Report of the Indian Hemp Drugs Commission, 1894-1895 - Volume I
Year: 1894
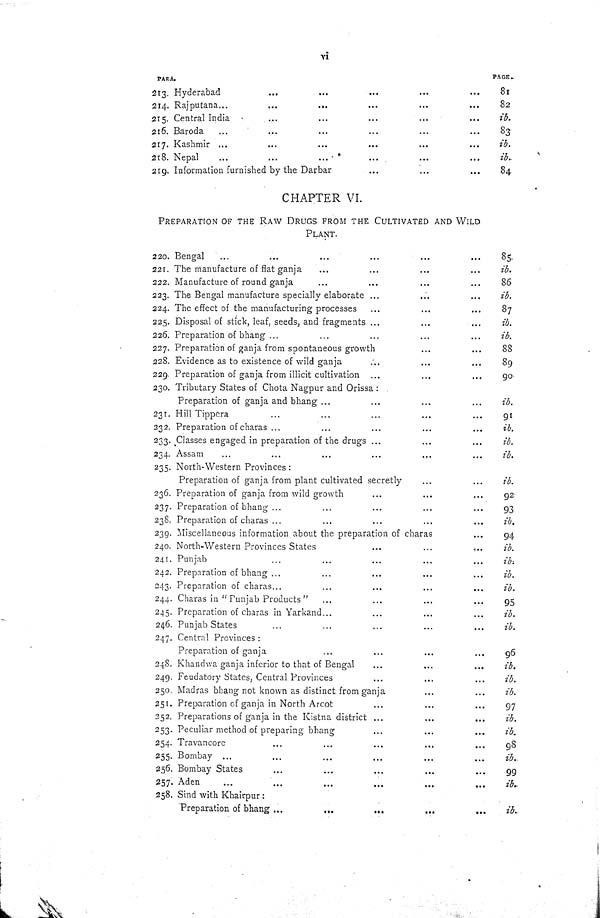
vi
PARA.
PAGE.
213. Hyderabad
81
214. Rajputana
82
215. Central India
ib.
216. Baroda
83
217. Kashmir
ib.
218. Nepal
ib.
219. Information furnished by the Darbar
84
CHAPTER VI.
PREPARATION OF THE RAW DRUGS FROM THE CULTIVATED AND WILD
PLANT.
220. Bengal
85.
221. The manufacture of flat ganja
ib.
222. Manufacture of round ganja
86
223. The Bengal manufacture specially elaborate
ib.
224. The effect of the manufacturing processes
87
225. Disposal of stick, leaf, seeds, and fragments
ib.
226. Preparation of bhang
ib.
227. Preparation of ganja from spontaneous growth
88
228. Evidence as to existence of wild ganja
89
229. Preparation of ganja from illicit cultivation
90
230. Tributary States of Chota Nagpur and Orissa:
Preparation of ganja and bhang
ib.
231. Hill Tippera
91
232. Preparation of charas
ib.
233. Classes engaged in preparation of the drugs
ib.
234. Assam
ib.
235. North-Western Provinces:
Preparation of ganja from plant cultivated secretly
ib.
236. Preparation of ganja from wild growth
92
237. Preparation of bhang
93
238. Preparation of charas
ib.
239. Miscellaneous information about the preparation of charas
94
240. North-Western Provinces States
ib.
241. Punjab
ib.
242. Preparation of bhang
ib.
243. Preparation of charas
ib.
244. Charas in "Punjab Products"
95
245. Preparation of charas in Yarkand
ib.
246. Punjab States
ib.
247. Central Provinces:
Preparation of ganja
96
248. Khandwa ganja inferior to that of Bengal
ib.
249. Feudatory States, Central Provinces
ib.
250. Madras bhang not known as distinct from ganja
ib.
251. Preparation of ganja in North Arcot
97
252. Preparations of ganja in the Kistna district
ib.
253. Peculiar method of preparing bhang
ib.
254. Travancore
98
255. Bombay
ib.
256. Bombay States
99
257. Aden
ib.
258. Sind with Khairpur:
Preparation of bhang
ib.